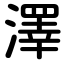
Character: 澤